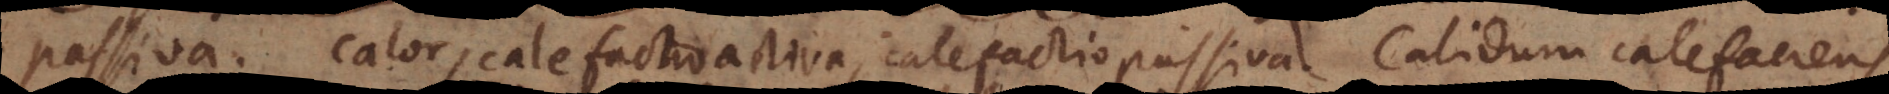
passiva. Calor, calefactio activa, calefactio passiva. Calidum, calefaciens,